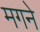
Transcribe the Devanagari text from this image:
मगने